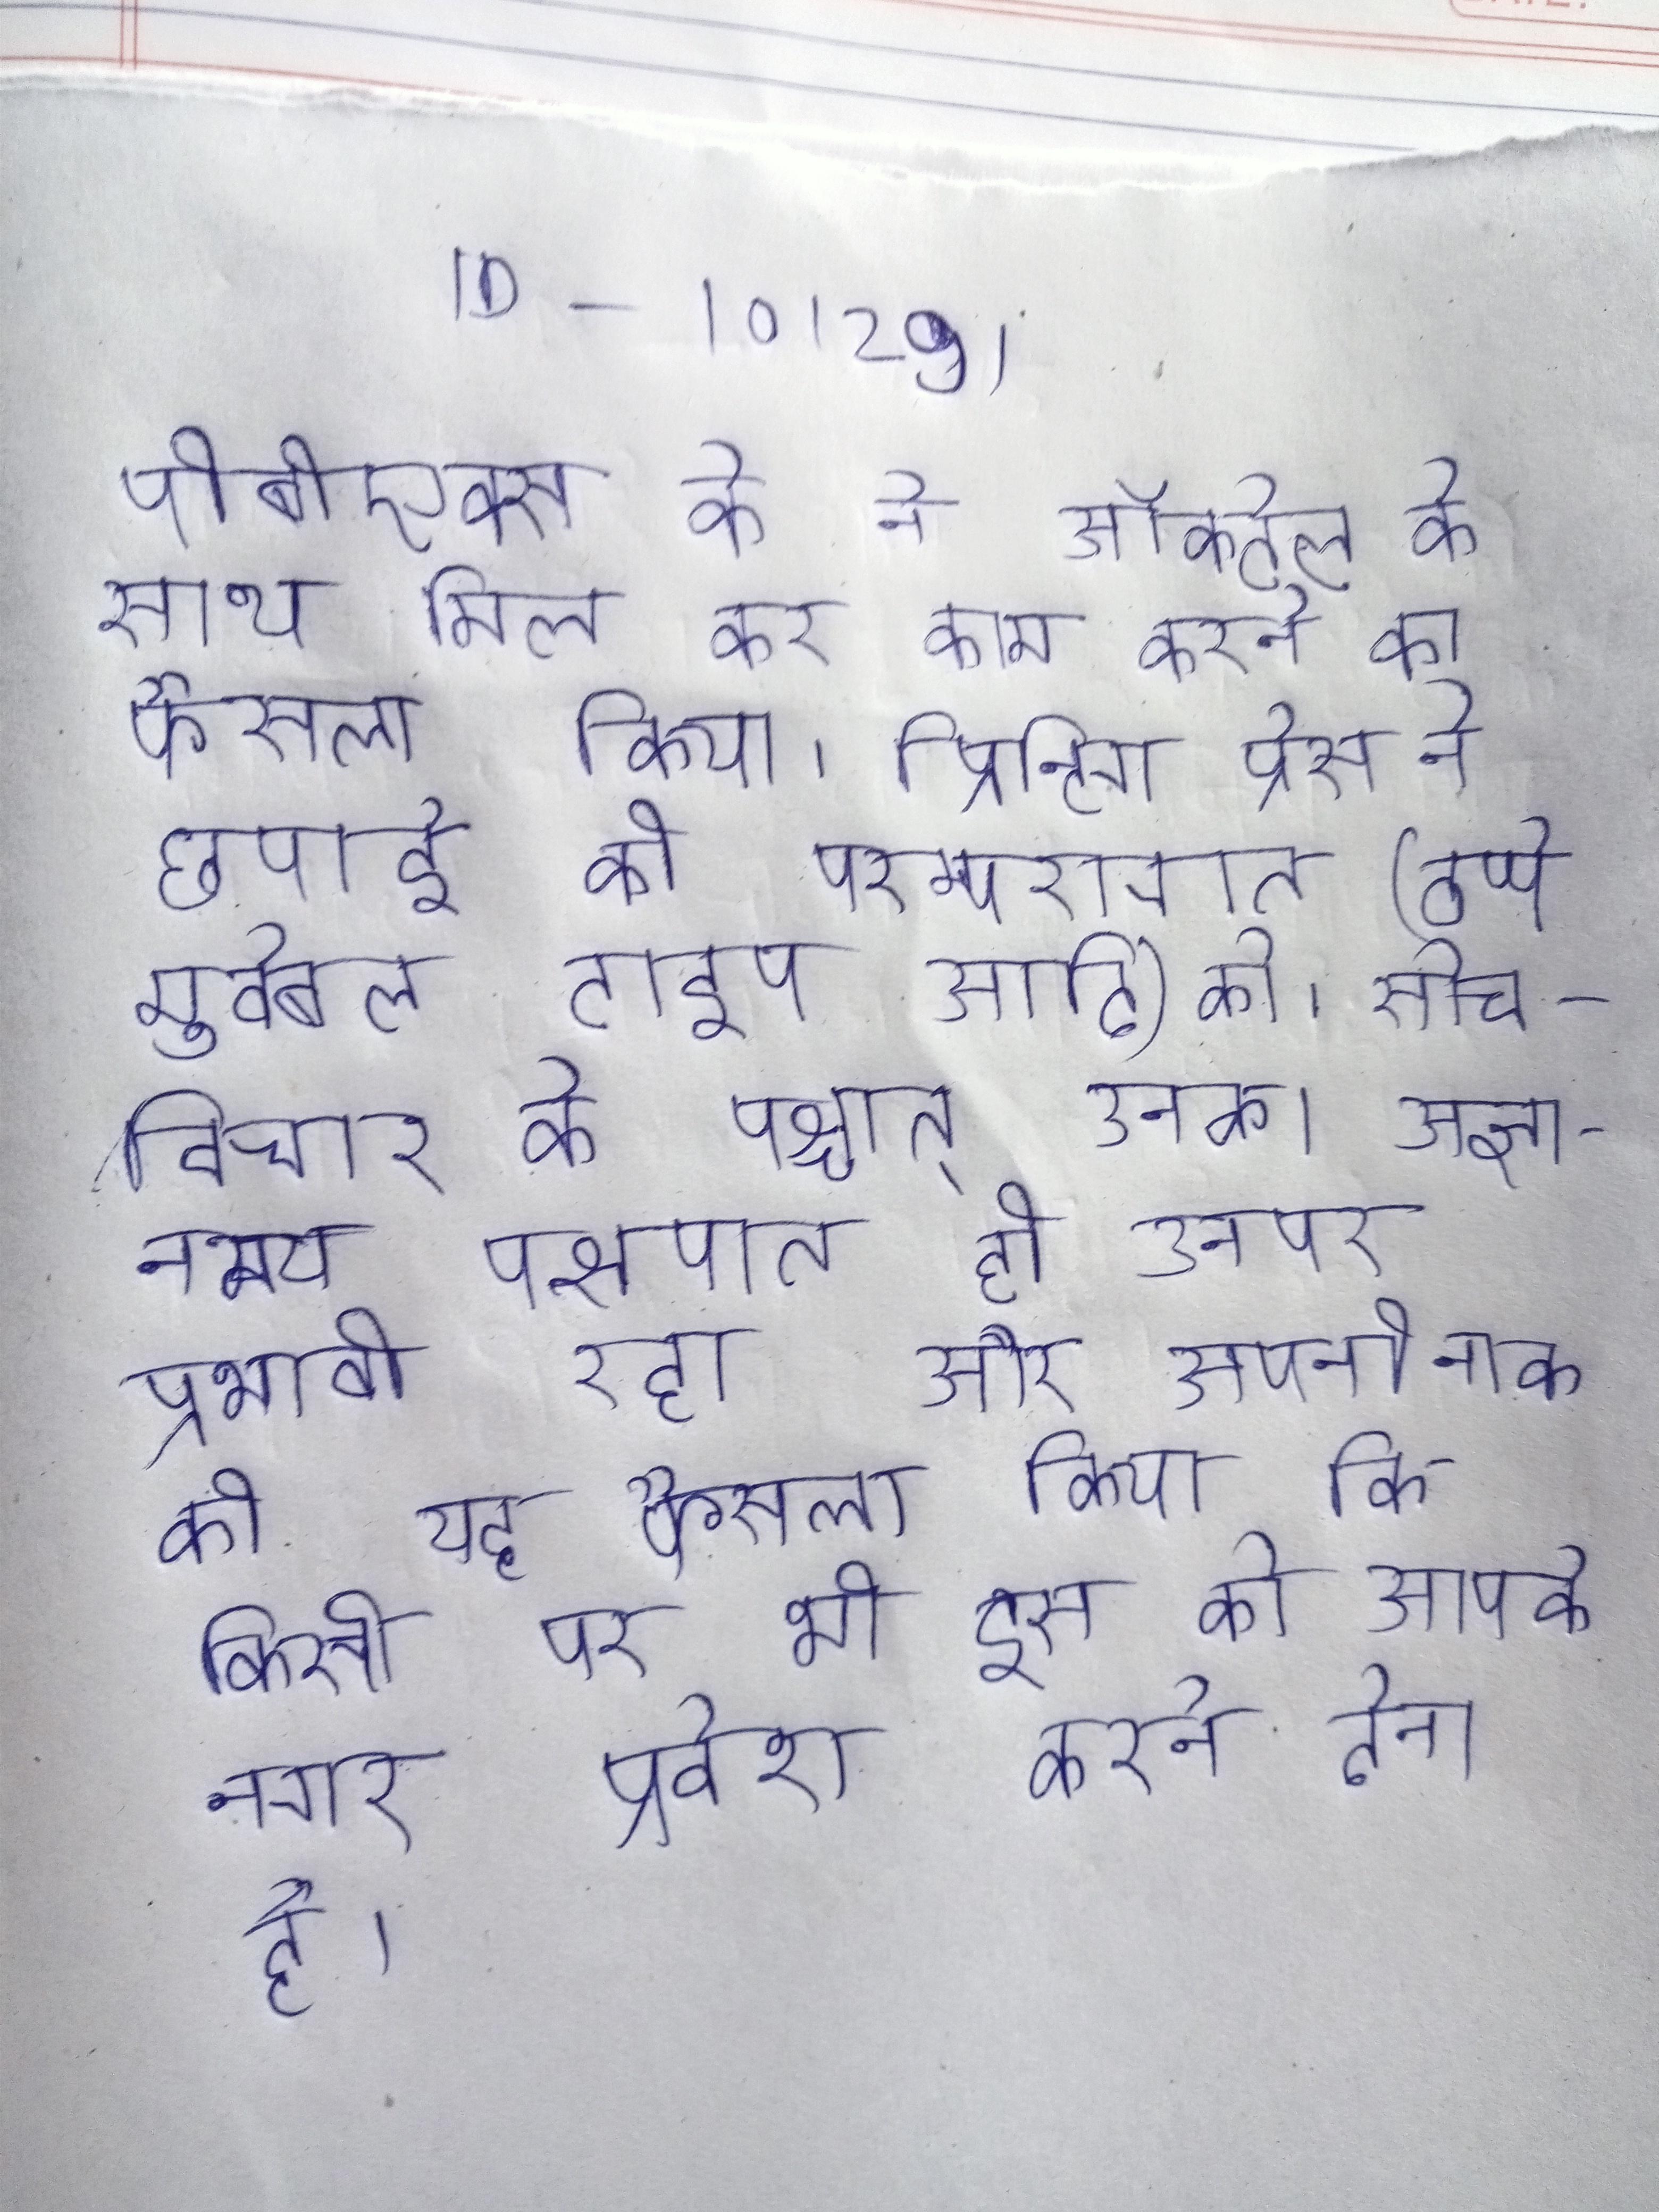
पीबीएक्स के ने ऑक्टेल के साथ मिल कर काम करने का फैसला किया । प्रिन्टिग प्रेस ने छपाई की परम्परागत (ठप्पे मूवेबल टाइप आदि) को । सोच-विचार के पश्चात् उनका अज्ञानमय पक्षपात ही उनपर प्रभावी रहा और अपनी नाक की यह फैसला किया कि किसी पर भी इस को आपके नगर प्रवेश करने देना है ।